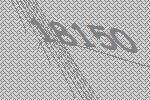
18150